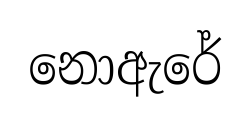
නොඇරේ